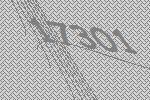
17301